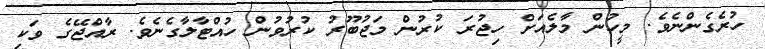
ހުރެގެންނެވެ. މީހުން މާލެއަށް ހިޖުރަ ކުރުން މަޖުބޫރު ކުރުވުން ހުއްޓާލާގެނެވެ. ރާއްޖޭގެ ވަކި